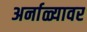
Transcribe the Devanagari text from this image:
अर्नाळ्यावर